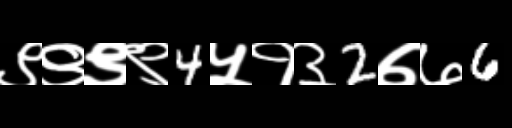
Text: ९९९९4५१३2७७6